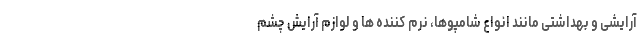
آرایشی و بهداشتی مانند انواع شامپوها، نرم کننده ها و لوازم آرایش چشم